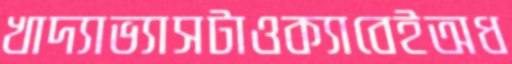
খাদ্যাভ্যাসটাওক্যাবেইঅধ